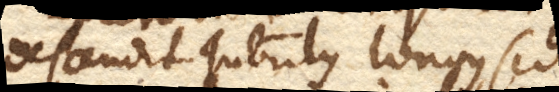
descendit Tubulus longus, sed